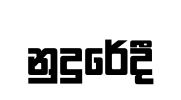
නුදුරේදී